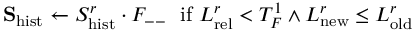
\mathbf { S } _ { \mathrm { h i s t } } \leftarrow S _ { \mathrm { h i s t } } ^ { r } \cdot F _ { -- } \ \ \mathrm { i f } \ L _ { \mathrm { r e l } } ^ { r } < T _ { F } ^ { 1 } \land L _ { \mathrm { n e w } } ^ { r } \leq L _ { \mathrm { o l d } } ^ { r }